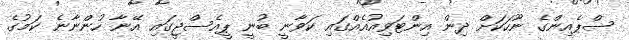
ސްޕެއިންގެ ނޫހަކަށް ދިން އިންޓަވިއުއެއްގައި ކަވާނީ ބުނީ ޕީއެސްޖީގައި އޭނާ ހުންނާނެ ކަމުގެ